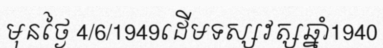
មុនថ្ងៃ 4/6/1949ដើមទស្សវត្សឆ្នាំ1940